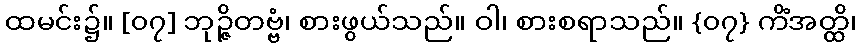
ထမင်း၌။ [၀၇] ဘုဉ္ဇိတဗ္ဗံ၊ စားဖွယ်သည်။ ဝါ၊ စားစရာသည်။ {၀၇} ကိံအတ္ထိ၊